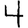
Digit: 4